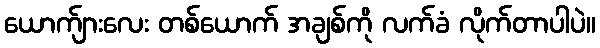
ယောက်ျားလေး တစ်ယောက် အချစ်ကို လက်ခံ လိုက်တာပါပဲ။